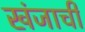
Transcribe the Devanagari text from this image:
खंजाची